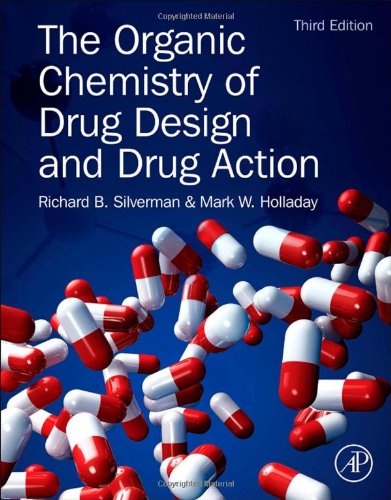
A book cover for The Organic Chemistry of Drug Design and Drug Action, Third Edition; Richard B. Silverman Ph.D Organic Chemistry; Engineering & Transportation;